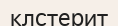
клстерит